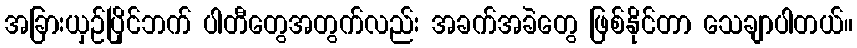
အခြားယှဉ်ပြိုင်ဘက် ပါတီတွေအတွက်လည်း အခက်အခဲတွေ ဖြစ်နိုင်တာ သေချာပါတယ်။